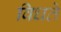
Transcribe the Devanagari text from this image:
विधते